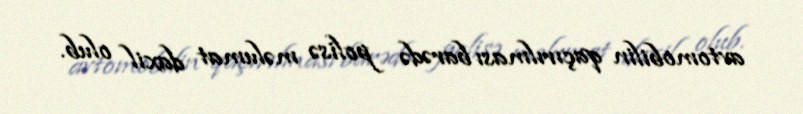
avtomobilin qaçırılması barədə polisə məlumat daxil olub.